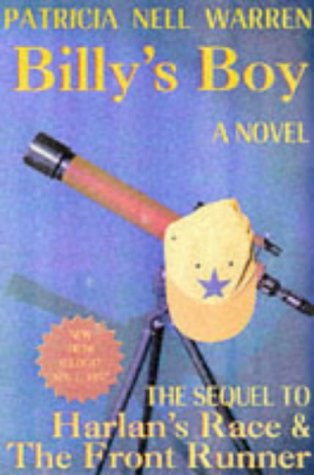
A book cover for Billy's Boy; Patricia Nell Warren; Gay & Lesbian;